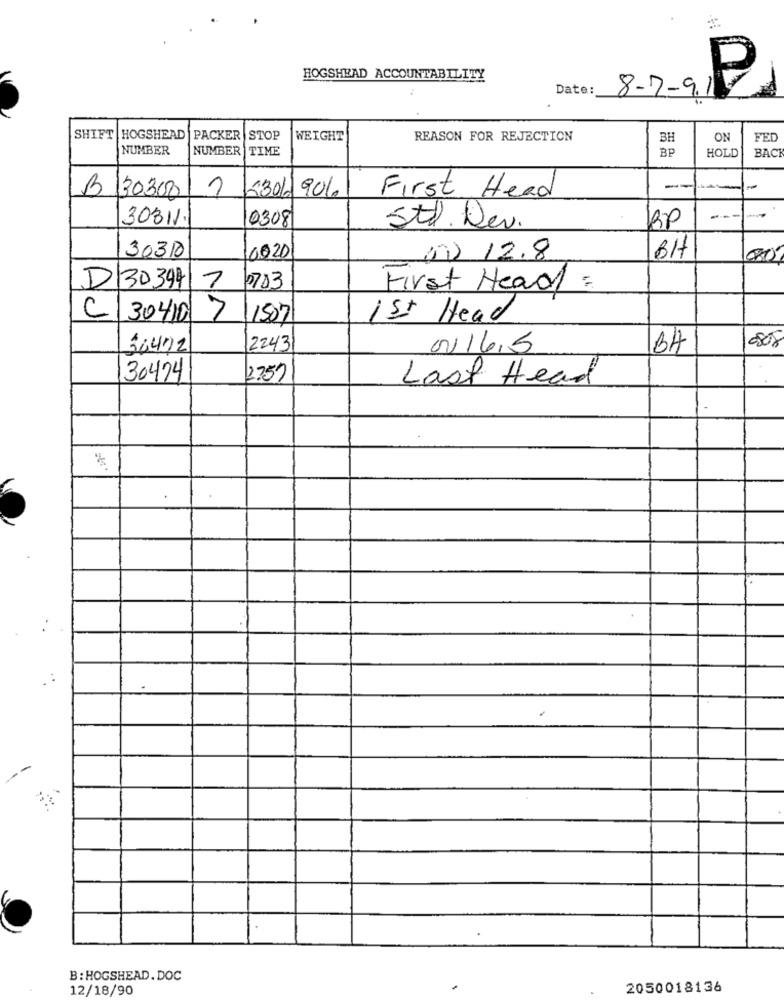
P
HOGSHEAD ACCOUNTABILITY
Date:
8-7-9.1
SHIFT HOGSHEAD
PACKER
STOP
WEIGHT
REASON FOR REJECTION
BH
ON
FED
NUMBER
NUMBER TIME
BP
HOLD
BAC
B 30300
-30/ 906.
--
-
First Head
30311
0308
BP
----
Std. Dev.
BH
30310
2020
01) 12.8
80
D 30394
7
60703
First Head =
C 30410
7
1507
1st Head
36492
2243
0016.5
BA
30424
2757
Last Head
.:
B : HOGSHEAD. DOC
12/18/90
2050018136